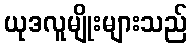
ယုဒလူမျိုးများသည်